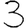
Digit: 3